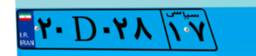
۲۰D۰۲۸۱۷